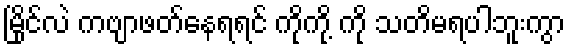
မြိုင်လဲ ကဗျာဖတ်နေရရင် ကိုကို့ ကို သတိမရပါဘူးကွာ